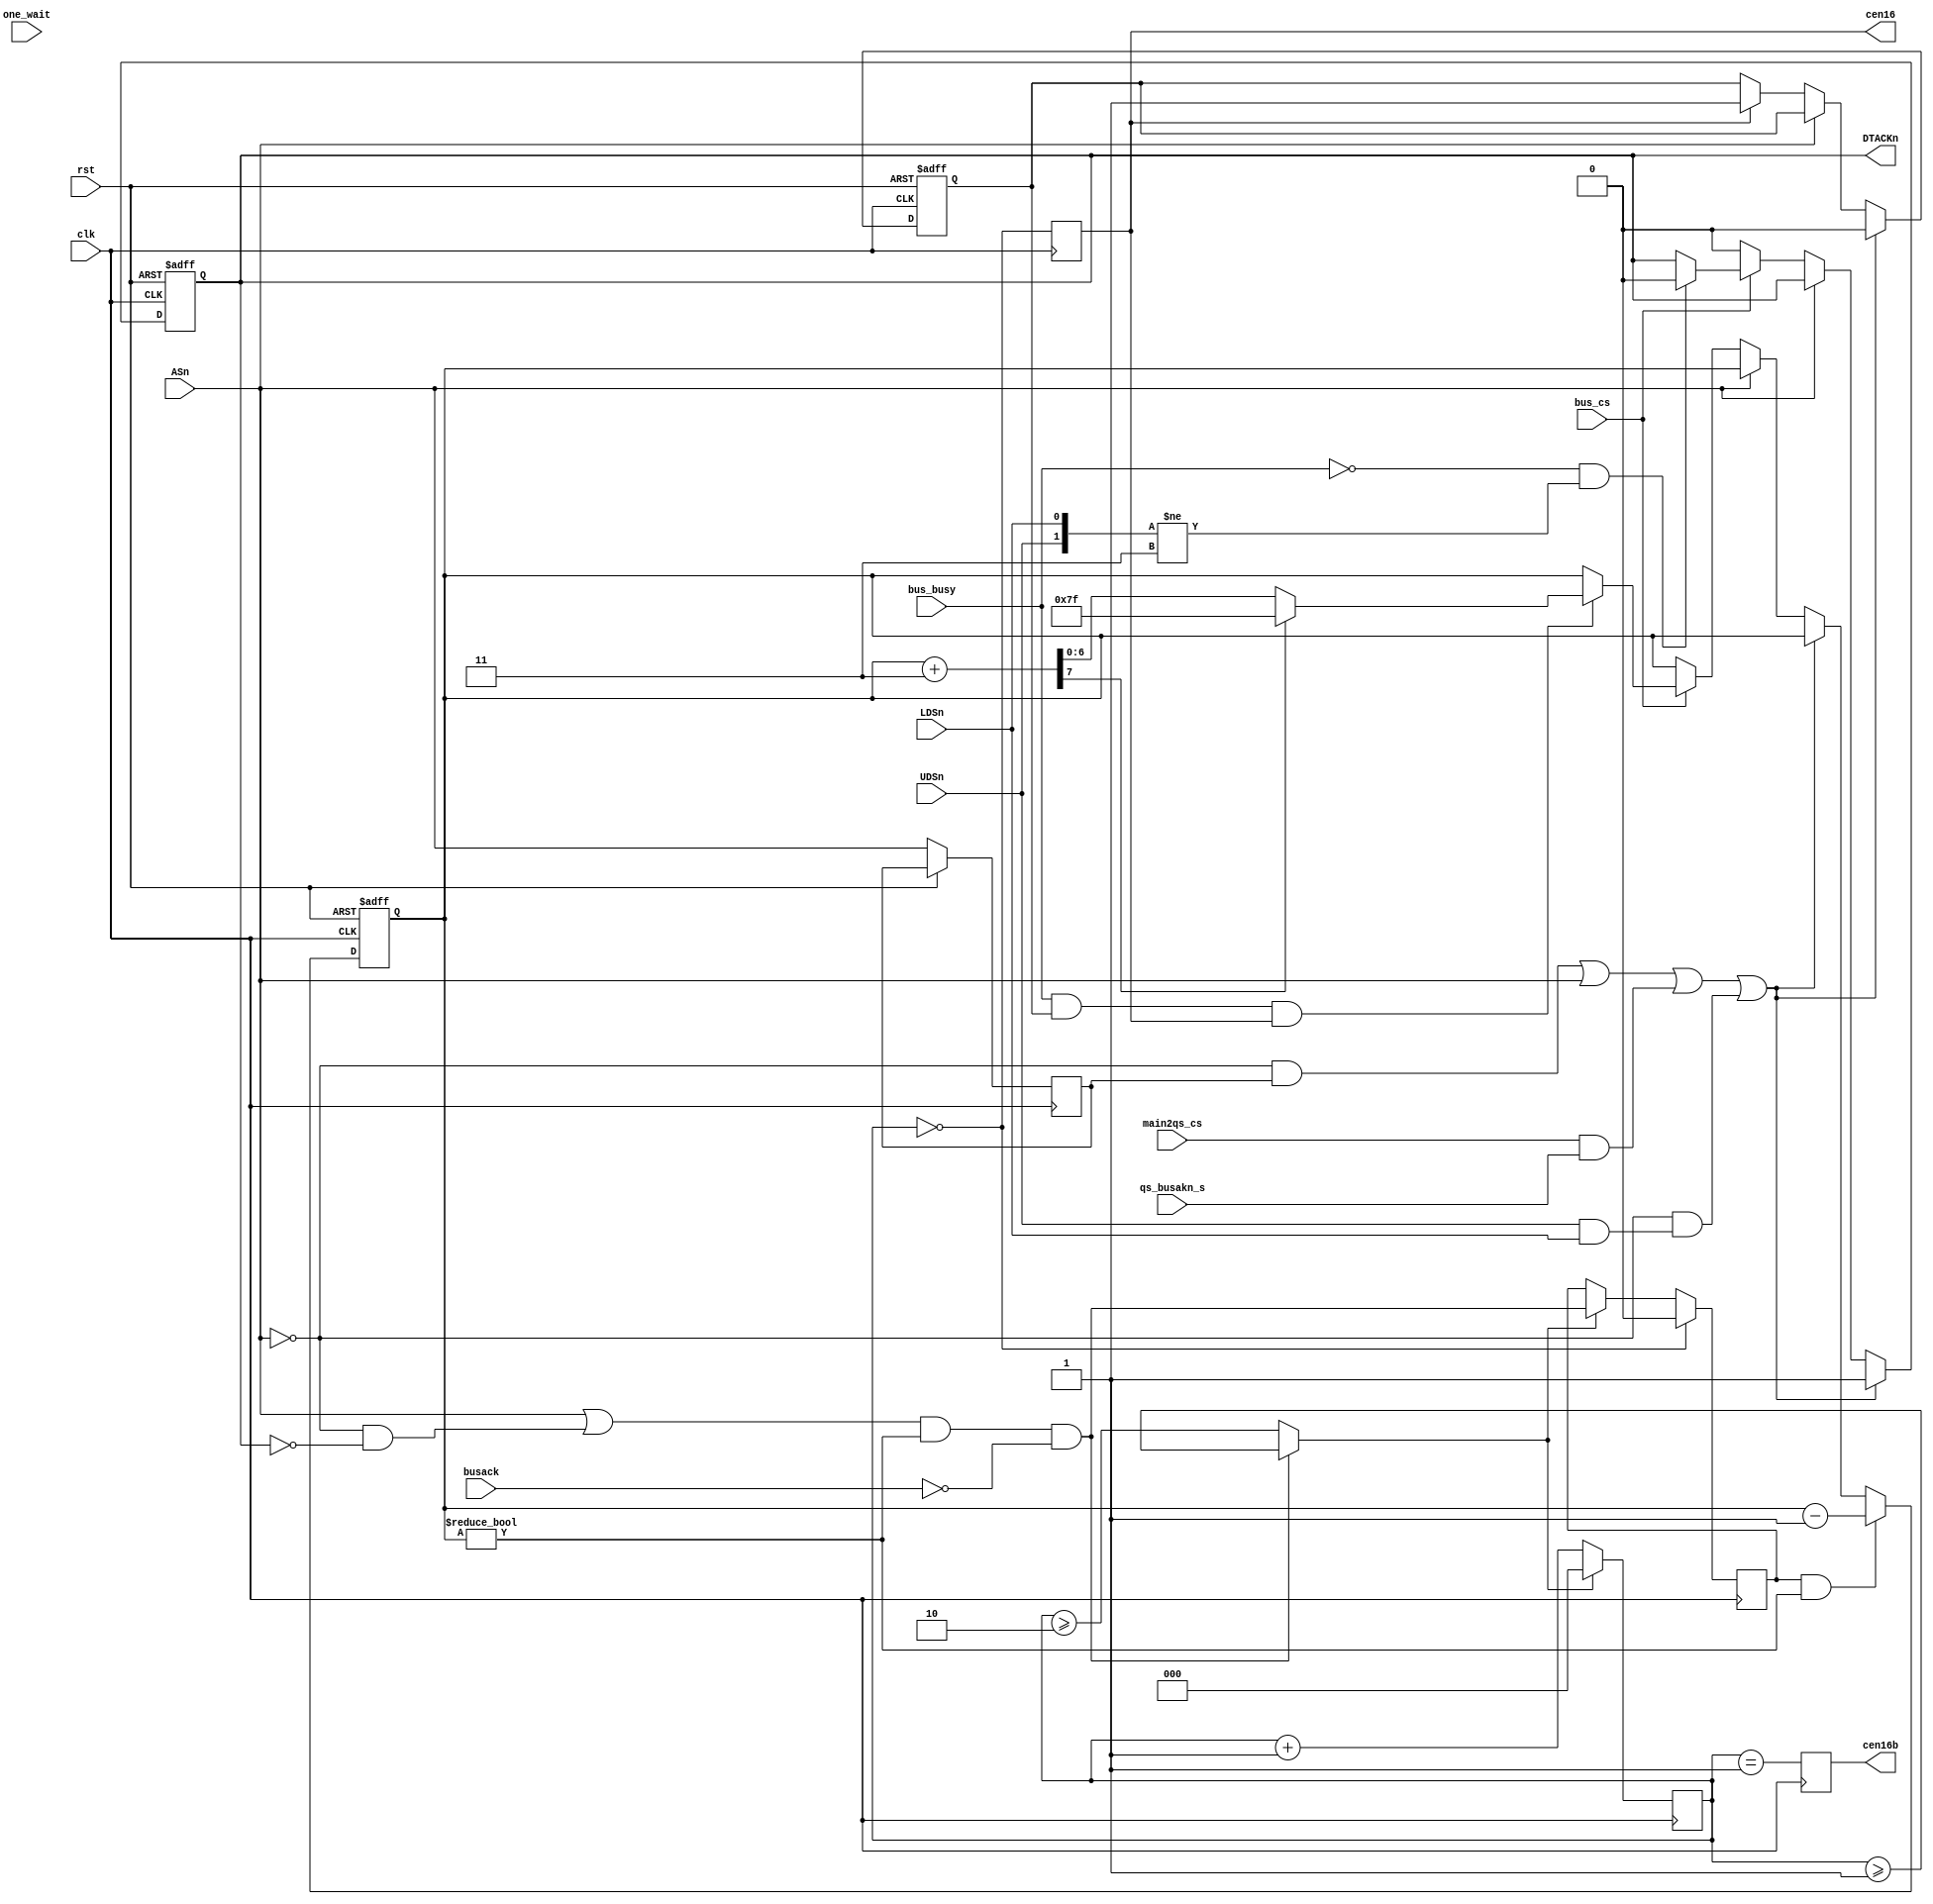
/*  This file is part of JTCORES1.
    JTCORES1 program is free software: you can redistribute it and/or modify
    it under the terms of the GNU General Public License as published by
    the Free Software Foundation, either version 3 of the License, or
    (at your option) any later version.

    JTCORES1 program is distributed in the hope that it will be useful,
    but WITHOUT ANY WARRANTY; without even the implied warranty of
    MERCHANTABILITY or FITNESS FOR A PARTICULAR PURPOSE.  See the
    GNU General Public License for more details.

    You should have received a copy of the GNU General Public License
    along with JTCORES1.  If not, see <http://www.gnu.org/licenses/>.

    Author: Jose Tejada Gomez. Twitter: @topapate
    Version: 1.0
    Date: 5-5-2021 */

module jtcps2_dtack(
    input       rst,
    input       clk,        // 48 MHz
    output reg  cen16,
    output reg  cen16b,

    input       ASn,
    input       LDSn,
    input       UDSn,
    input       one_wait,
    input       bus_cs,
    input       bus_busy,
    input       busack,

    input       main2qs_cs, // set to zero for CPS1
    input       qs_busakn_s,

    output reg  DTACKn
);

localparam FW=7;
localparam [FW:0] FS=3;

reg        last_ASn;
reg  [FW-1:0] fail_cnt;
wire [FW:0] next_cnt = {1'd0,fail_cnt} + FS;

reg        skipped, s3_over;
reg  [2:0] cen_cnt=0;
wire       recover  = (ASn || (!ASn && !DTACKn)) && fail_cnt!=0 && !busack;
wire       cnt_over = recover ? cen_cnt>=1 : cen_cnt>=2;

`ifdef SIMULATION
    initial begin
        fail_cnt = 0;
        s3_over  = 0;
        DTACKn   = 1;
    end
`endif

always @(posedge clk) begin
    if( cen_cnt==0 ) begin
        skipped <= 0;
    end else if( cnt_over ) begin
        skipped <= recover;
    end
    cen_cnt <= cnt_over  ? 3'd0 : (cen_cnt+3'd1);
    cen16   <= cen_cnt==0;
    cen16b  <= cen_cnt==1;

end

always @(posedge clk, posedge rst) begin : dtack_gen
    if( rst ) begin
        DTACKn      <= 1'b1;
        fail_cnt    <= 0;
        s3_over     <= 0;
    end else begin
        last_ASn <= ASn;
        if( (!ASn && last_ASn) || ASn
            || (main2qs_cs && qs_busakn_s) // wait for Z80 bus grant
            || (!ASn && (UDSn&&LDSn)) // read-modify-write
        ) begin // for falling edge of ASn
            DTACKn  <= 1;
            s3_over <= 0;
        end else if( !ASn  ) begin
            if( cen16 ) begin
                s3_over <= 1;
            end
            if( bus_cs ) begin
                // Average delay can be displayed in simulation by defining the
                // macro REPORT_DELAY
                if( bus_busy && s3_over && cen16 ) begin
                    fail_cnt<= next_cnt[FW] ? {FW{1'b1}} : next_cnt[FW-1:0];
                end
                if (!bus_busy && {UDSn,LDSn}!=3) begin
                    DTACKn <= 1'b0;
                end
            end else begin
                DTACKn <= 1'b0;
            end
        end

        if( skipped && fail_cnt!=0 ) fail_cnt <= fail_cnt-1'd1;
    end
end

`ifdef SIMULATION
// Note that the data for the first frame may be wrong because
// of SDRAM initialization
reg reported=0;
always @(posedge clk) begin
    if( ~reported & (next_cnt[FW]) ) begin
        $display("Warning: bus timing fail counter max'ed out at &t (%m)",$time);
        reported <= 1;
    end
end
`endif

endmodule